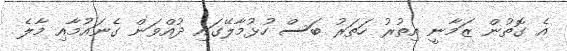
އެ ގޮތުން ޒަމާނީ އިތުރު ހަތަރު ބަސް ހުޅުމާލޭގައި ދުއްވަން ގެނައުމާއި މާލެ